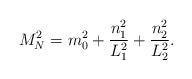
LaTeX: \begin{align*}M_{N}^{2} = m_{0}^{2} + \frac{n_{1}^{2}}{L_{1}^2} + \frac{n_{2}^{2}}{L_{2}^2} . \end{align*}